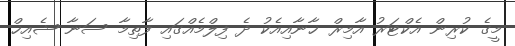
މީގެ ކުރިން އެކްޓަރު އާމިރް ޚާނާއިއެކު ދެ ފިލްމެއްގައި ފާތިމާ ސަނާ ޝެއިޚް